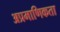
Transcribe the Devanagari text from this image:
अप्रमाणिकता